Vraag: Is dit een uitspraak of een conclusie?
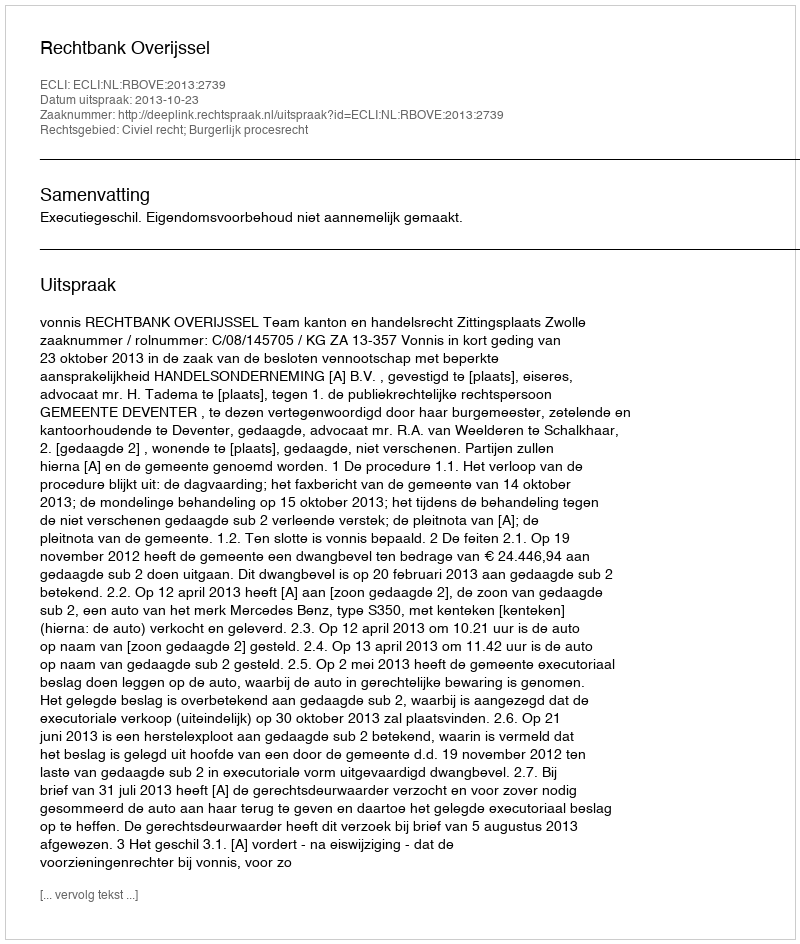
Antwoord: Uitspraak